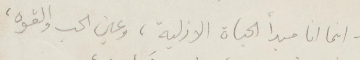
انما انا مبدأ الحياة الأزلية، وعين الحب والقوة